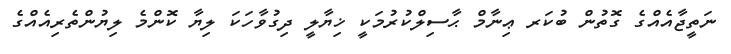
ނަތީޖާއެއްގެ ގޮތުން ބުކަރ ޢިނާމް ޙާސިލްކުރުމަކީ ޚިޔާލީ ދިގުވާހަކަ ލިޔާ ކޮންމެ ލިޔުންތެރިއެއްގެ